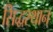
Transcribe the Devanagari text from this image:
सिद्धस्थान